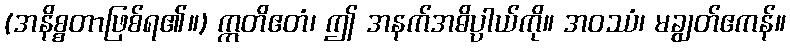
(အနိစ္စတာဖြစ်ရ၏။) ဣတိဧတံ၊ ဤ အနက်အဓိပ္ပါယ်ကို။ အဝဿံ၊ မချွတ်ဧကန်။